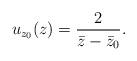
LaTeX: \begin{align*} u_{z_0}(z) = \frac{2}{\bar z - \bar z_0}. \end{align*}